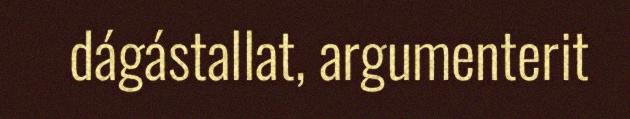
dágástallat, argumenterit